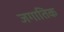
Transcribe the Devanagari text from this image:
जगातिक